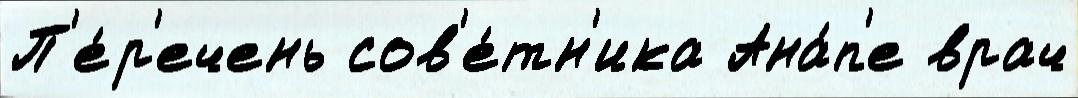
П'е́р'ечень сов'е́тн'ика Ана́п'е врач